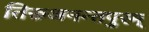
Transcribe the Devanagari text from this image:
तिरूअनन्तपुरम्